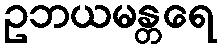
ဥဘယမန္တရေ